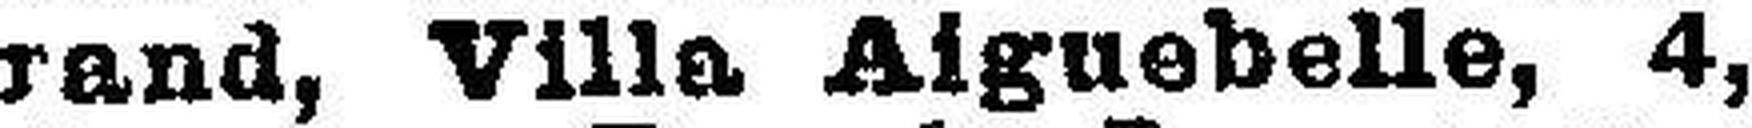
rand, Villa Aiguebelle, 4,